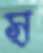
স্